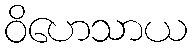
ဝိဟေသာယ